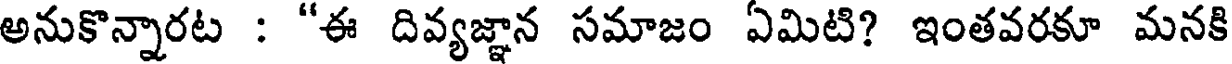
అనుకొన్నారట : "ఈ దివ్యజ్ఞాన సమాజం ఏమిటి? ఇంతవరకూ మనకి